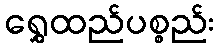
ရွှေထည်ပစ္စည်း